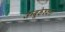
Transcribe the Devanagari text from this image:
जम्बूकेश्‍वरा